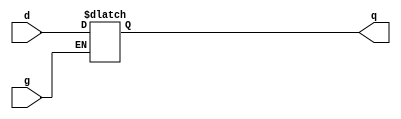
module gated_d_latch (
		input d,g,
		output reg q);
		
always@(d,g,q)
begin 

	if (g)
		q = d;
	else
		q = q;

end
endmodule